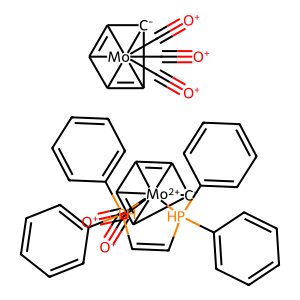
SMILES: [O+]#C[Mo+2]12345(C#[O+])(C6=C1[C-]2C3=C64)[PH](c1ccccc1)(c1ccccc1)C=C[PH]5(c1ccccc1)c1ccccc1.[O+]#C[Mo]1234(C#[O+])(C#[O+])C5=C1[C-]2C3=C54
Inhibits HIV replication: No